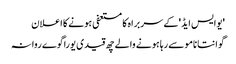
'یوایس ایڈ' کے سربراہ کا مستعفی ہونے کا اعلان
گوانتانامو سے رہا ہونے والے چھ قیدی یوراگوے روانہ